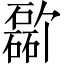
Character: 𪿸